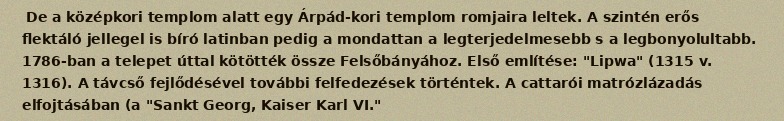
De a középkori templom alatt egy Árpád-kori templom romjaira leltek. A szintén erős flektáló jellegel is bíró latinban pedig a mondattan a legterjedelmesebb s a legbonyolultabb. 1786-ban a telepet úttal kötötték össze Felsőbányához. Első említése: "Lipwa" (1315 v. 1316). A távcső fejlődésével további felfedezések történtek. A cattarói matrózlázadás elfojtásában (a "Sankt Georg, Kaiser Karl VI."